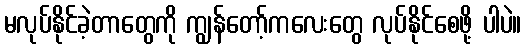
မလုပ်နိုင်ခဲ့တာတွေကို ကျွန်တော့်ကလေးတွေ လုပ်နိုင်စေဖို့ ပါပဲ။